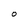
Character: O